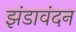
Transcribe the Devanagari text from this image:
झंडावंदन